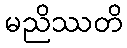
မညိဿတိ